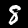
Label: 8